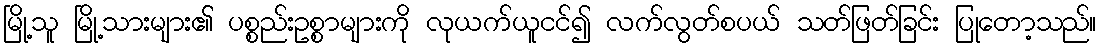
မြို့သူ မြို့သားများ၏ ပစ္စည်းဥစ္စာများကို လုယက်ယူငင်၍ လက်လွတ်စပယ် သတ်ဖြတ်ခြင်း ပြုတော့သည်။